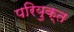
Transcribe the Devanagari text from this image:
परियुक्त